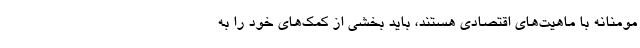
مومنانه با ماهیت‌های اقتصادی هستند، باید بخشی از کمک‌های خود را به